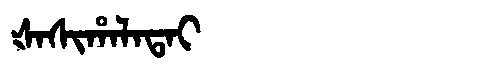
Manchu: ᡧᠠᠰᡳᡥᠠᠯᠠᡨᠠᡳ
Romanization: ŠASIHALATAI